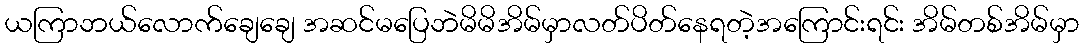
ယကြာဘယ်လောက်ချေချေ အဆင်မပြေဘဲမိမိအိမ်မှာလတ်ပိတ်နေရတဲ့အကြောင်းရင်း အိမ်တစ်အိမ်မှာ